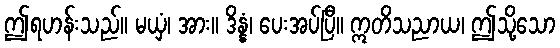
ဤရဟန်းသည်။ မယှံ၊ အား။ ဒိန္နံ၊ ပေးအပ်ပြီ။ ဣတိသညာယ၊ ဤသို့သော